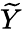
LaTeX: \widetilde{Y}